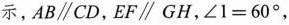
示，AB∥CD，EF∥GH，∠1=60°，